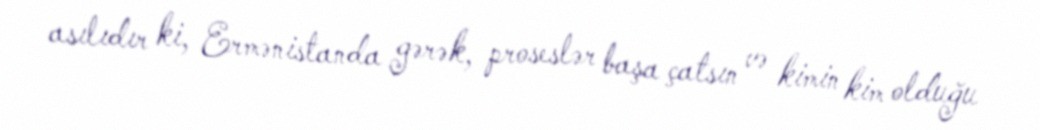
asılıdır ki, Ermənistanda gərək, proseslər başa çatsın və kimin kim olduğu